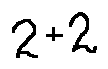
2 + 2